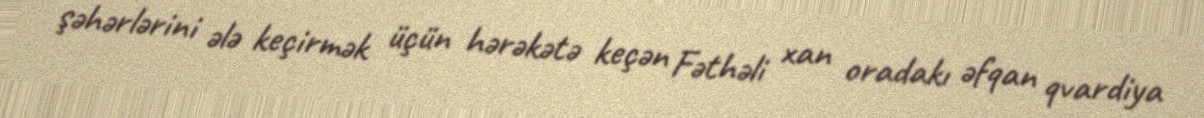
şəhərlərini ələ keçirmək üçün hərəkətə keçən Fəthəli xan oradakı əfqan qvardiya